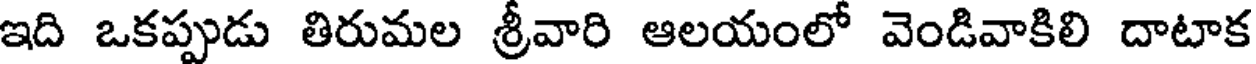
ఇది ఒకప్పుడు తిరుమల శ్రీవారి ఆలయంలో వెండివాకిలి దాటాక